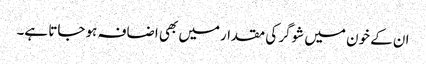
ان کے خون میں شوگر کی مقدارمیں بھی اضافہ ہو جاتا ہے۔